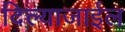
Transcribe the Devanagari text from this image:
दिल्याजाईल